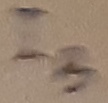
Text: IB